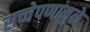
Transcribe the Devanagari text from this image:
सच्चेपणामुळे